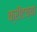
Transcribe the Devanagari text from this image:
क्रीटच्या